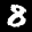
Label: 8